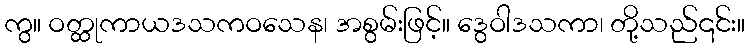
ကွ။ ဝတ္ထုကာယဒသကဝသေန၊ အစွမ်းဖြင့်။ ဒွေဝါဒသကာ၊ တို့သည်၎င်း။